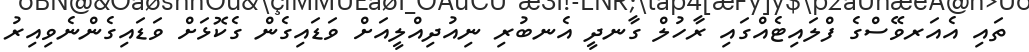
ތައި އެއަރވޭސްގެ ފްލައިޓެއްގައި ރާހުލް ގާނދީ އެނބުރި ނިއުދިއްލީއަށް ވަޑައިގެން ގެކޮޅަށް ވަޑައިގެންނެވިއިރު